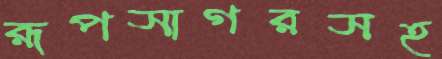
রূপসাগরসহ